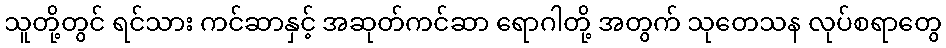
သူတို့တွင် ရင်သား ကင်ဆာနှင့် အဆုတ်ကင်ဆာ ရောဂါတို့ အတွက် သုတေသန လုပ်စရာတွေ